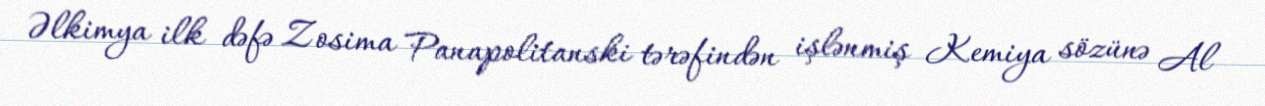
Əlkimya ilk dəfə Zosima Panapolitanski tərəfindən işlənmiş Kemiya sözünə Al